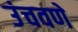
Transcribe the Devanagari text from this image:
उंचवणे